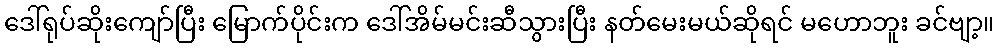
ဒေါ်ရုပ်ဆိုးကျော်ပြီး မြောက်ပိုင်းက ဒေါ်အိမ်မင်းဆီသွားပြီး နတ်မေးမယ်ဆိုရင် မဟောဘူး ခင်ဗျာ့။